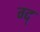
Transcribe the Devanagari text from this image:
ग्द्